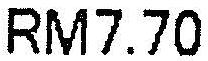
RM7.70